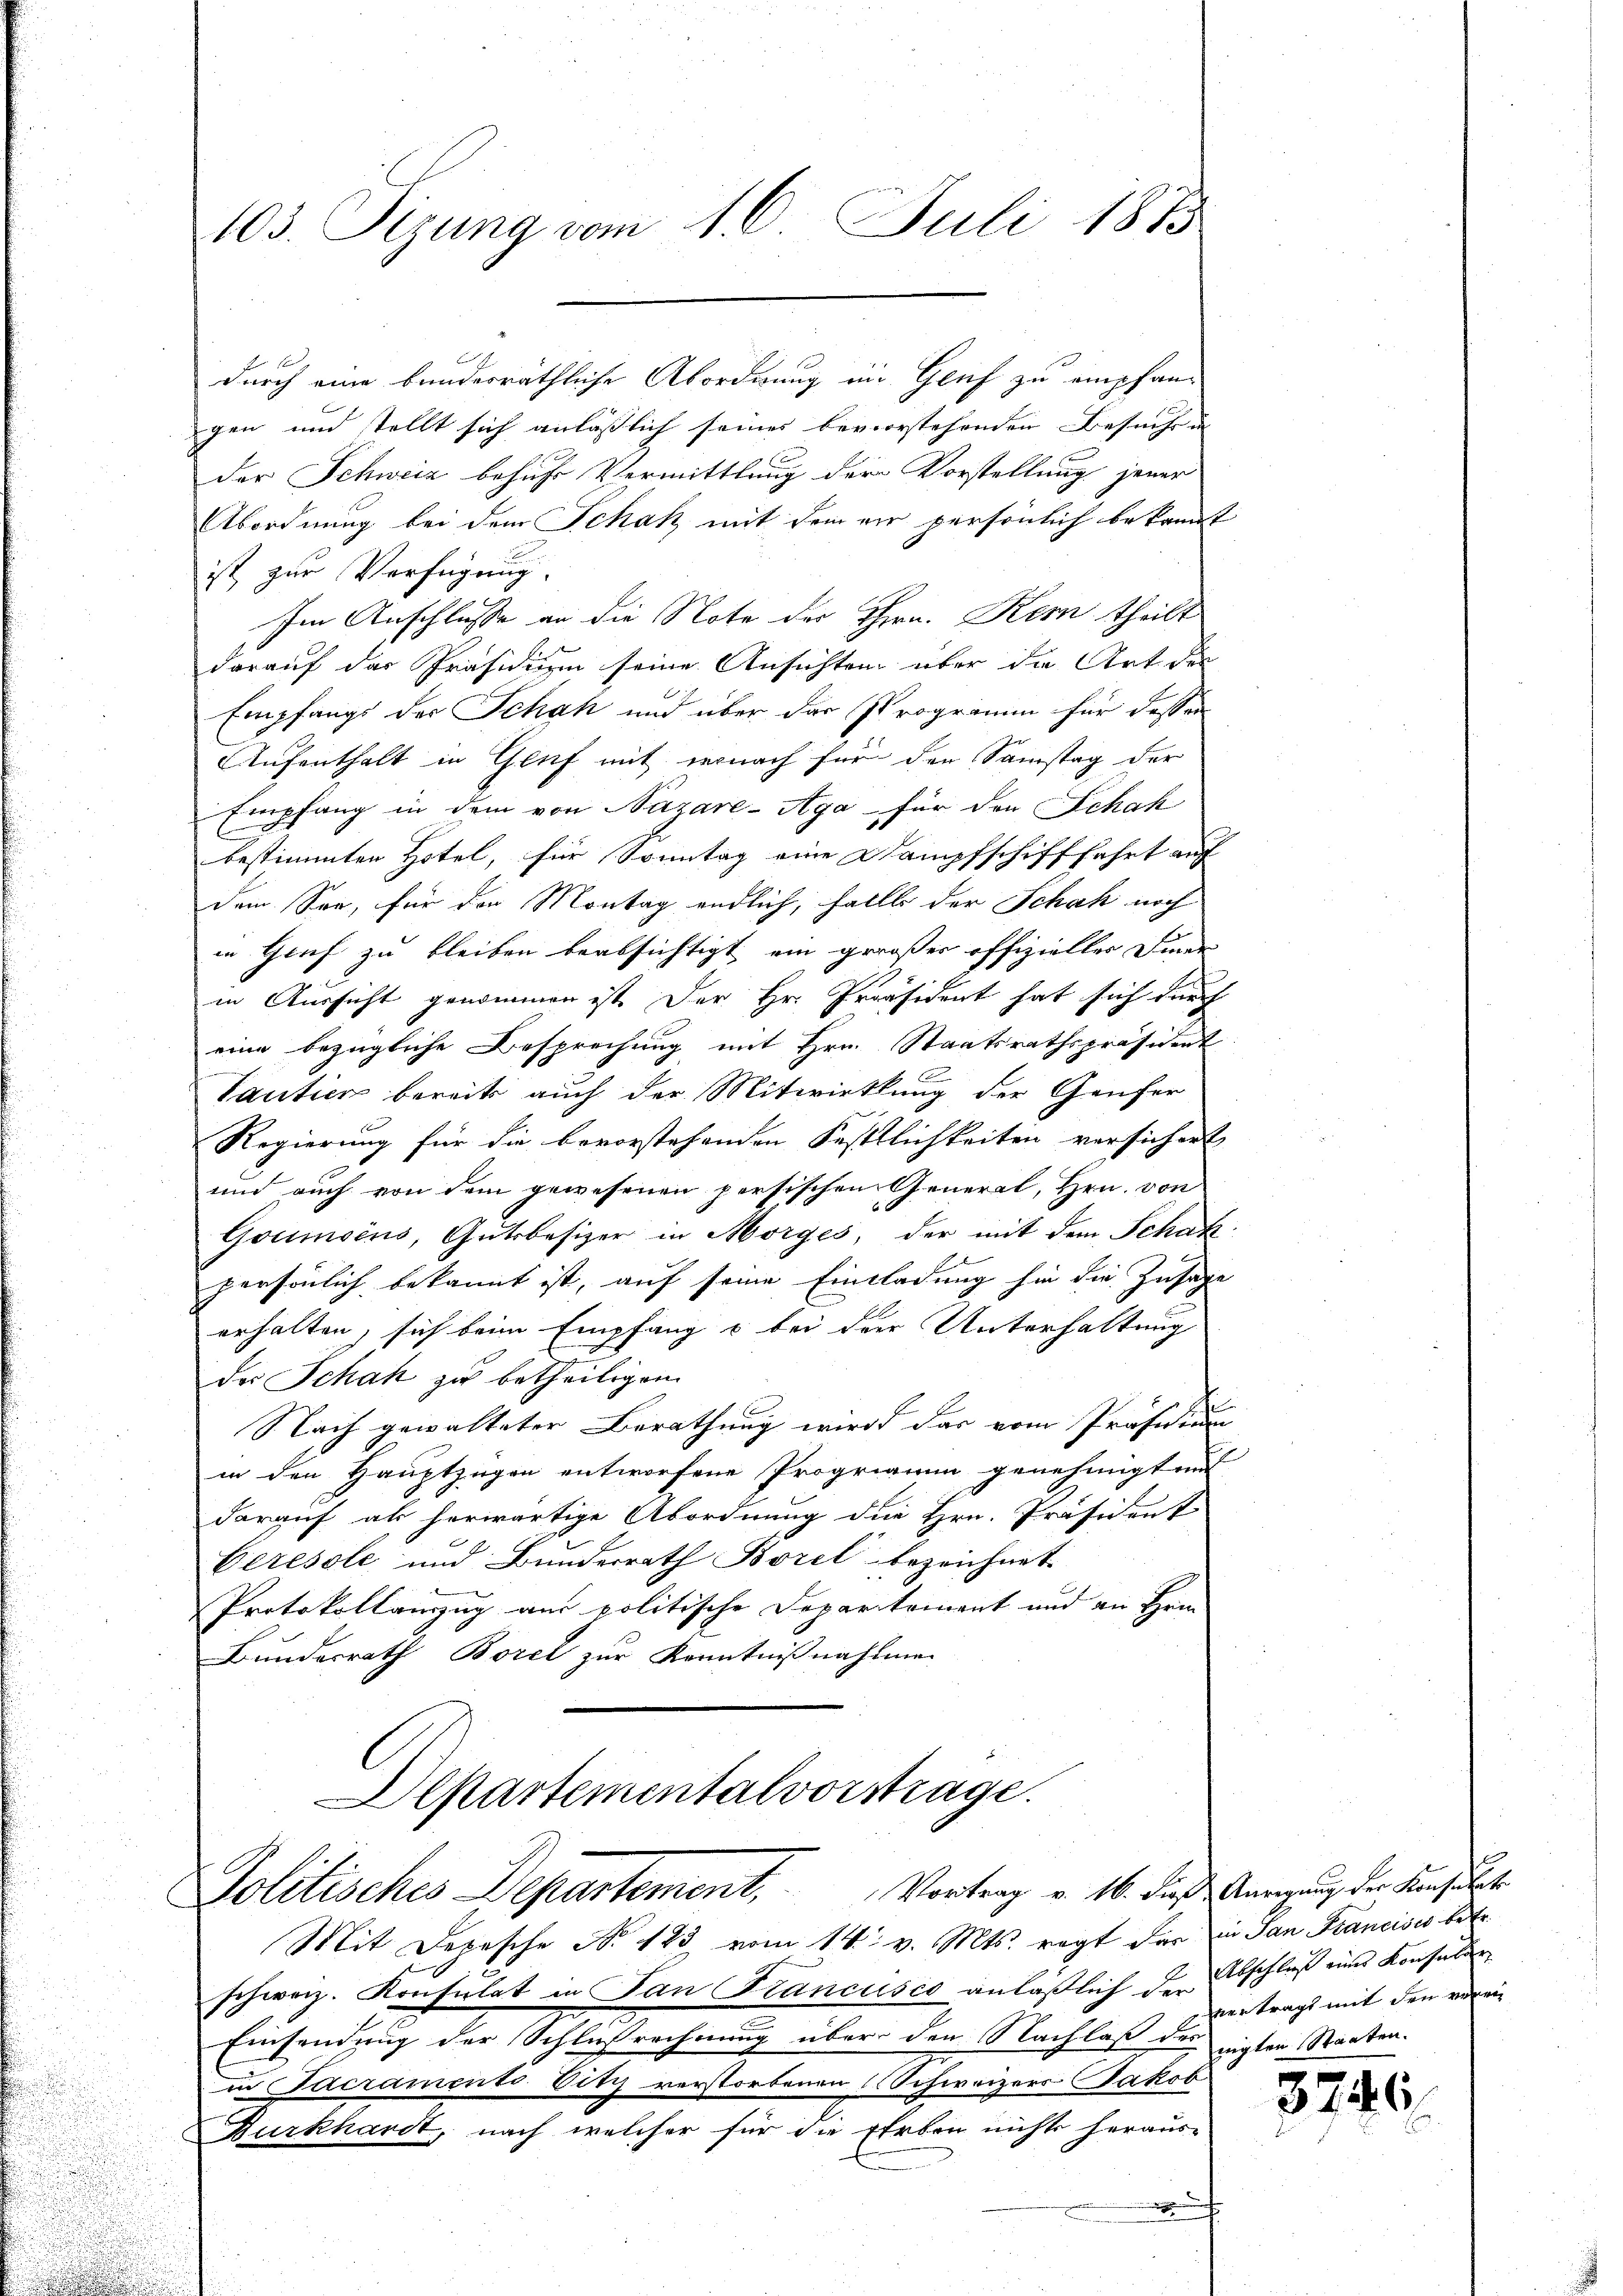
103. Sezung vom 1. 6. Juli 1875

durch eine bunderräthliche Abordnung im Genf zu empfangen und stellt sich anläßlich seines bevorstehenden Besuche in
der Schweiz behufs Vermittlung der Vorstellung jener
Abordnung bei dem Schak mit dem vir persönlich bekannt
ist zur Verfügung
Ien Anschlüsse an die Note der Thern. Kern theilt
darauf das Präsidium seine Ansichten über die Art der
Empfangs der Schah und über das Programm für dessen
Aufenthalt in Gluf mit wernach für den Samstag der
Empfang in dem von Nazare-Aga für den Schah
bestimmten Hotel, für Sonntag eine Dampfschifffahrt auf
dem See, für der Montag endlich, falls der Schak noch
in Gruf zu bleiben beabsichtigt, ein großer offizieller Dine
in Aussicht genommen ist. Der Hr. Präsident hat sich durch
eine bezügliche Besprechung mit Hrn. Staatsrathspräsident
Tantien bereits auch der Mitwirklung der Genfer
Regierung für die bevorstehenden Festtlichkeiten versichert
und auch von dem gewesenen persischen General, Hrn. von
Goumoins, Gutsbesizer in Morges, der mit dem Schatz-
persönlich bekannt ist, auf seine Einladung hin die Zusage
erhalten, sich beim Empfang o bei der Unterhaltung
des Schah zu betheiligen.
Nach gewalteter Berathung wird das vom Präsesion
in den Hauptzügen entworfene Progrigium genehmigten
darauf als herwärtige Abordnung die Hrn. Präsident
Ceresole und Bunderrath Borel bezeichnet.
Protokollauszug aus politische Departement und an Hrn.
Bundesrath Borel zur Kenntnißnahmen
Departementalvorstrage.

Politisches Departement, Vortrag v. 16. die Anregung der Konsult
Mit Depesche No 123 vom 14. v. Mts. regt das in San Francises betr.

schweiz. Konsulat in Pan Krancisco anlaßlich den Abschluß eines Konsular
Einsendung der Schließrechnung über den Nachlaß der eigten Staatenin Tacraments Sitz verstorbenen Schweizers Jakob
Burkhardt, nach welcher für die Erben nichts heraus-

vertragt mit den veren

3746.